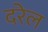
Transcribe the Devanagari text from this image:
दरेल